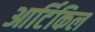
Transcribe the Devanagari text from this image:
आर्टिकिल